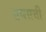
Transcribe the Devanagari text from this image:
एमएची